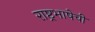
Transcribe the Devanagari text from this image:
राष्ट्रभाषेची